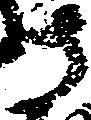
さ